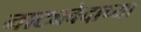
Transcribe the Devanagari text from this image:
नाट्यवेदाच्या